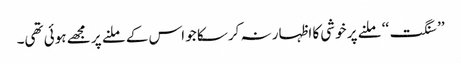
’’ سنگت‘‘ ملنے پر خوشی کا اظہار نہ کرسکا جو اس کے ملنے پر مجھے ہوئی تھی۔